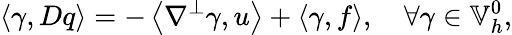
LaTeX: \left\langle\gamma,Dq\right\rangle=-\left\langle\nabla^{\perp}\gamma,u\right\rangle+\left\langle\gamma,f\right\rangle,\quad\forall\gamma\in\mathbb{V}_{h}^{0},